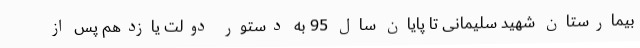
بیمارستان شهید سلیمانی تا پایان سال 95 به دستور دولت یازدهم پس از